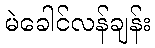
မဲခေါင်လန်ချန်း